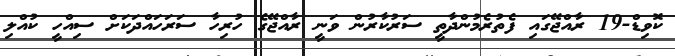
ކޮވިޑް-19 ރާއްޖޭގައި ފެތުރެމުންދާތީ ސަރުކާރުން ވަނީ ރާއްޖޭގެ ހުރިހާ ސަރަހައްދަކަށް ސިއްހީ ކުއްލި